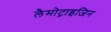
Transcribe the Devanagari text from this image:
लैमोट्राइजिन